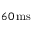
6 0 \, \mathrm { m s }